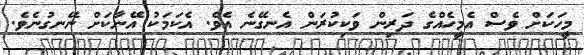
މީހަކަށް ވެސް އެމީހެއްގެ ދަރިން ވަކިކުރަން އެނގޭނެ އެވެ. އެކަމަކު އޭނާކަށް ނޭނގުނެވެ.